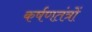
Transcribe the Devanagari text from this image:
कर्षणतंत्रों